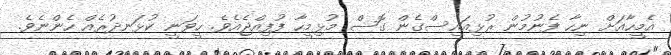
އެމީހާއަށް ނިހާ ފެނުމުން ރުޅިއައިސްގެން ގޮސް މުޅިމީހާ ފުފިއްޖެއެވެ. ހީވަނީ ކުޅަނދުރެއް ހެންނެވެ.